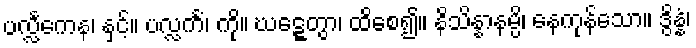
ပလ္လင်္ကေန၊ နှင့်။ ပလ္လင်္ကံ၊ ကို။ ဃဋ္ဋေတွာ၊ ထိစေ၍။ နိသိန္နာနမ္ပိ၊ နေကုန်သော။ ဒွိန္နံ၊